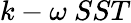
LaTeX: k-\omega\ SST